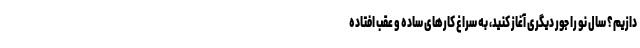
دازیم؟ سال نو را جور دیگری آغاز کنید، به سراغ کارهای ساده و عقب افتاده